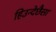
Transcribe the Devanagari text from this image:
हिउन्देछैसा